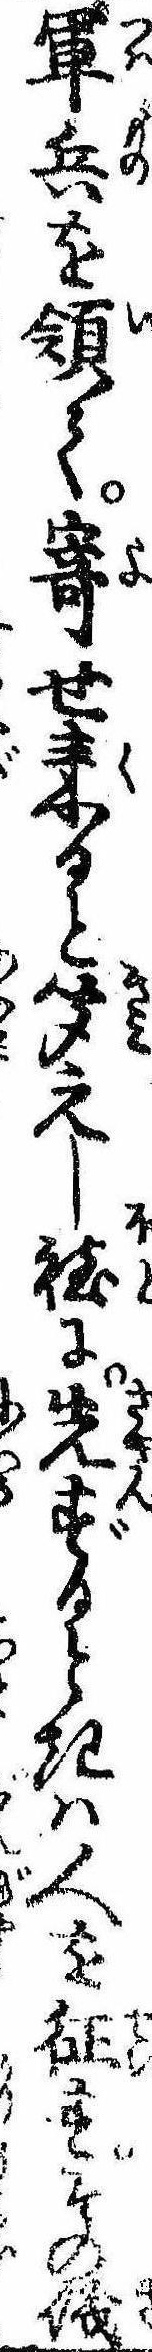
軍兵を領て寄せ来ると聞えし程に先ずるときは人を征すその儀